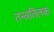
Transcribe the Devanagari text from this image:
तन्त्रतिलक